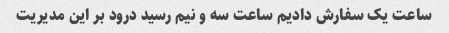
ساعت یک سفارش دادیم ساعت سه و نیم رسید درود بر این مدیریت